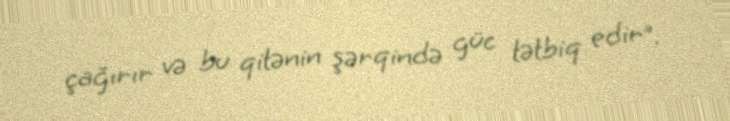
çağırır və bu qitənin şərqində güc tətbiq edir”.